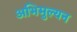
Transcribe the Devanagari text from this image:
अभिमुल्यन